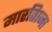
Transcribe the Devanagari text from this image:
मारतिाना